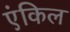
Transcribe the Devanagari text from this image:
एंकिल